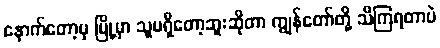
နောက်တော့မှ မြို့မှာ သူမရှိတော့ဘူးဆိုတာ ကျွန်တော်တို့ သိကြရတာပဲ